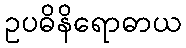
ဥပဓိနိရောဓာယ